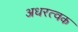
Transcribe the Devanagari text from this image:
अधरत्वक